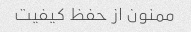
ممنون از حفظ کیفیت